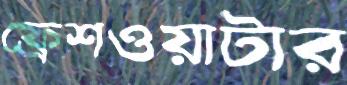
ফ্রেশওয়াটার